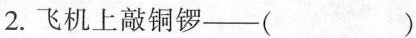
2.飞机上敲铜锣——()